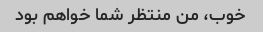
خوب، من منتظر شما خواهم بود